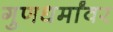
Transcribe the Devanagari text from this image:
गुणधर्मांवर